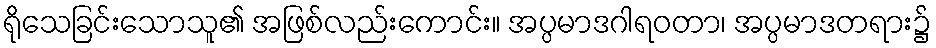
ရိုသေခြင်းသောသူ၏ အဖြစ်လည်းကောင်း။ အပ္ပမာဒဂါရဝတာ၊ အပ္ပမာဒတရား၌